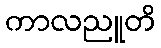
ကာလညူတိ